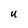
Character: U